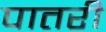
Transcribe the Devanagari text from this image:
पातरी